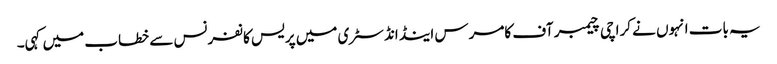
یہ بات انہوں نے کراچی چیمبر آف کامرس اینڈ انڈسٹری میں پریس کانفرنس سے خطاب میں کہی۔